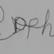
Signature authenticity: forged